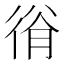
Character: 𢔍